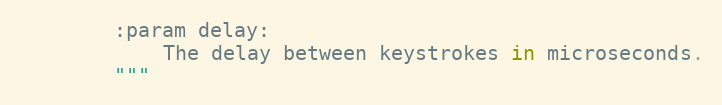
Language: Python
        :param delay:
            The delay between keystrokes in microseconds.
        """